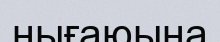
нығаюына